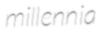
millennia